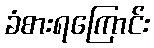
ခံစားရကြောင်း